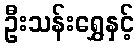
ဦးသန်းရွှေနှင့်